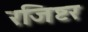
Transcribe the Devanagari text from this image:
रजिष्टर